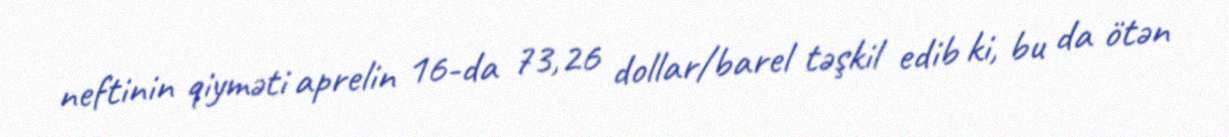
neftinin qiyməti aprelin 16-da 73,26 dollar/barel təşkil edib ki, bu da ötən